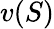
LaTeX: v(S)